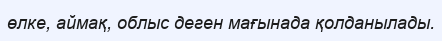
өлке, аймақ, облыс деген мағынада қолданылады.